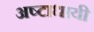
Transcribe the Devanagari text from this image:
अष्‍टाधायी